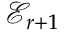
\mathcal { E } _ { r + 1 }